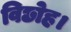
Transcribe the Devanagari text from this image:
विछोह।